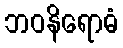
ဘဝနိရောဓံ